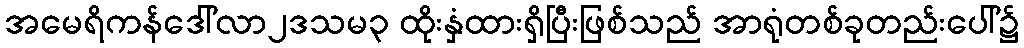
အမေရိကန်ဒေါ်လာ၂ဒသမ၃ ထိုးနှံထားရှိပြီးဖြစ်သည် အာရုံတစ်ခုတည်းပေါ်၌